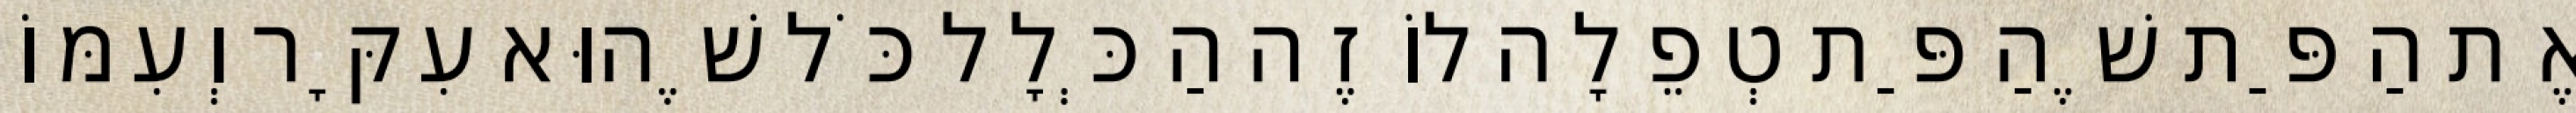
אֶת הַפַּת שֶׁהַפַּת טְפֵלָה לוֹ זֶה הַכְּלָל כֹּל שֶׁהוּא עִקָּר וְעִמּוֹ